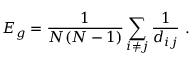
E _ { g } = \frac { 1 } { N ( N - 1 ) } \sum _ { i \ne j } \frac { 1 } { d _ { i j } } \ .